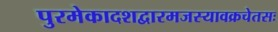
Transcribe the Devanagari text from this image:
पुरमेकादशद्वारमजस्यावक्रचेतसः